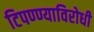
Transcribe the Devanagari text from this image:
टिपण्ण्याविरोधी